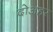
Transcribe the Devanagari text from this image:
दोअहर